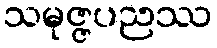
သမုဇ္ဇပညဿ